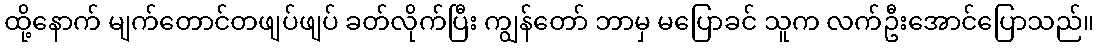
ထို့နောက် မျက်တောင်တဖျပ်ဖျပ် ခတ်လိုက်ပြီး ကျွန်တော် ဘာမှ မပြောခင် သူက လက်ဦးအောင်ပြောသည်။